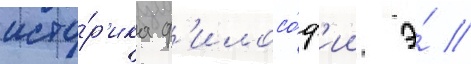
исто́р'ика ф'илосо́ф'ии э́ //